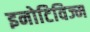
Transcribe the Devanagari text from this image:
इनोटिविज्म